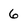
Character: 6